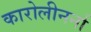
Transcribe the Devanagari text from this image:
कारोलीनर्ना